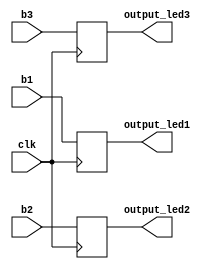
module arduino_to_de1(
	clk,
	b1,
	b2,
	b3,
	output_led1,
	output_led2,
	output_led3
);
	input clk;
	input b1;
	input b2;
	input b3;
	output reg output_led1;
	output reg output_led2;
	output reg output_led3;

	initial
	begin
		output_led1 = 1'b0;
		output_led2 = 1'b0;
		output_led3 = 1'b0;
	end
	
	always@(posedge clk)
	begin
		output_led1 = b1;
		output_led2 = b2;
		output_led3 = b3;
	end

endmodule